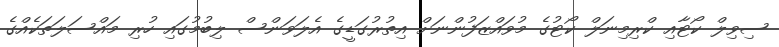
ސިވިލް ކޯޓާއި ކްރިމިނަލް ކޯޓުގެ މުވައްޒަފުންނަށް އިތުރުގަޑީގެ އެލަވަންސް ލިބުމުގައި ހުރި މައްސަލަތަކެއްގެ